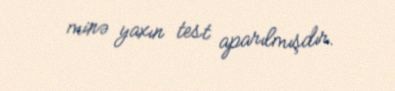
minə yaxın test aparılmışdır.